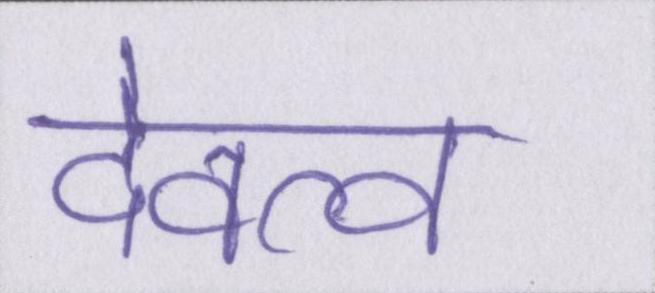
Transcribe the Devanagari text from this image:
देवत्व